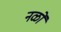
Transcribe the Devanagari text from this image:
नळों